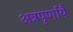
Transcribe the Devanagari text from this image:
अन्नपूर्णायै